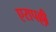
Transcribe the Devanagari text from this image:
एरापल्ली